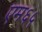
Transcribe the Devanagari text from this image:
एम६५